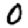
Digit: 0